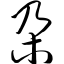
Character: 尕